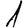
Digit: 1